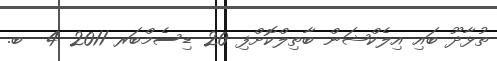
ތުޅާދޫ ބައި އިލެކްޝަން ބާތިލްކޮށްފި 20 ޑިސެމްބަރ 2011 4  ބ.